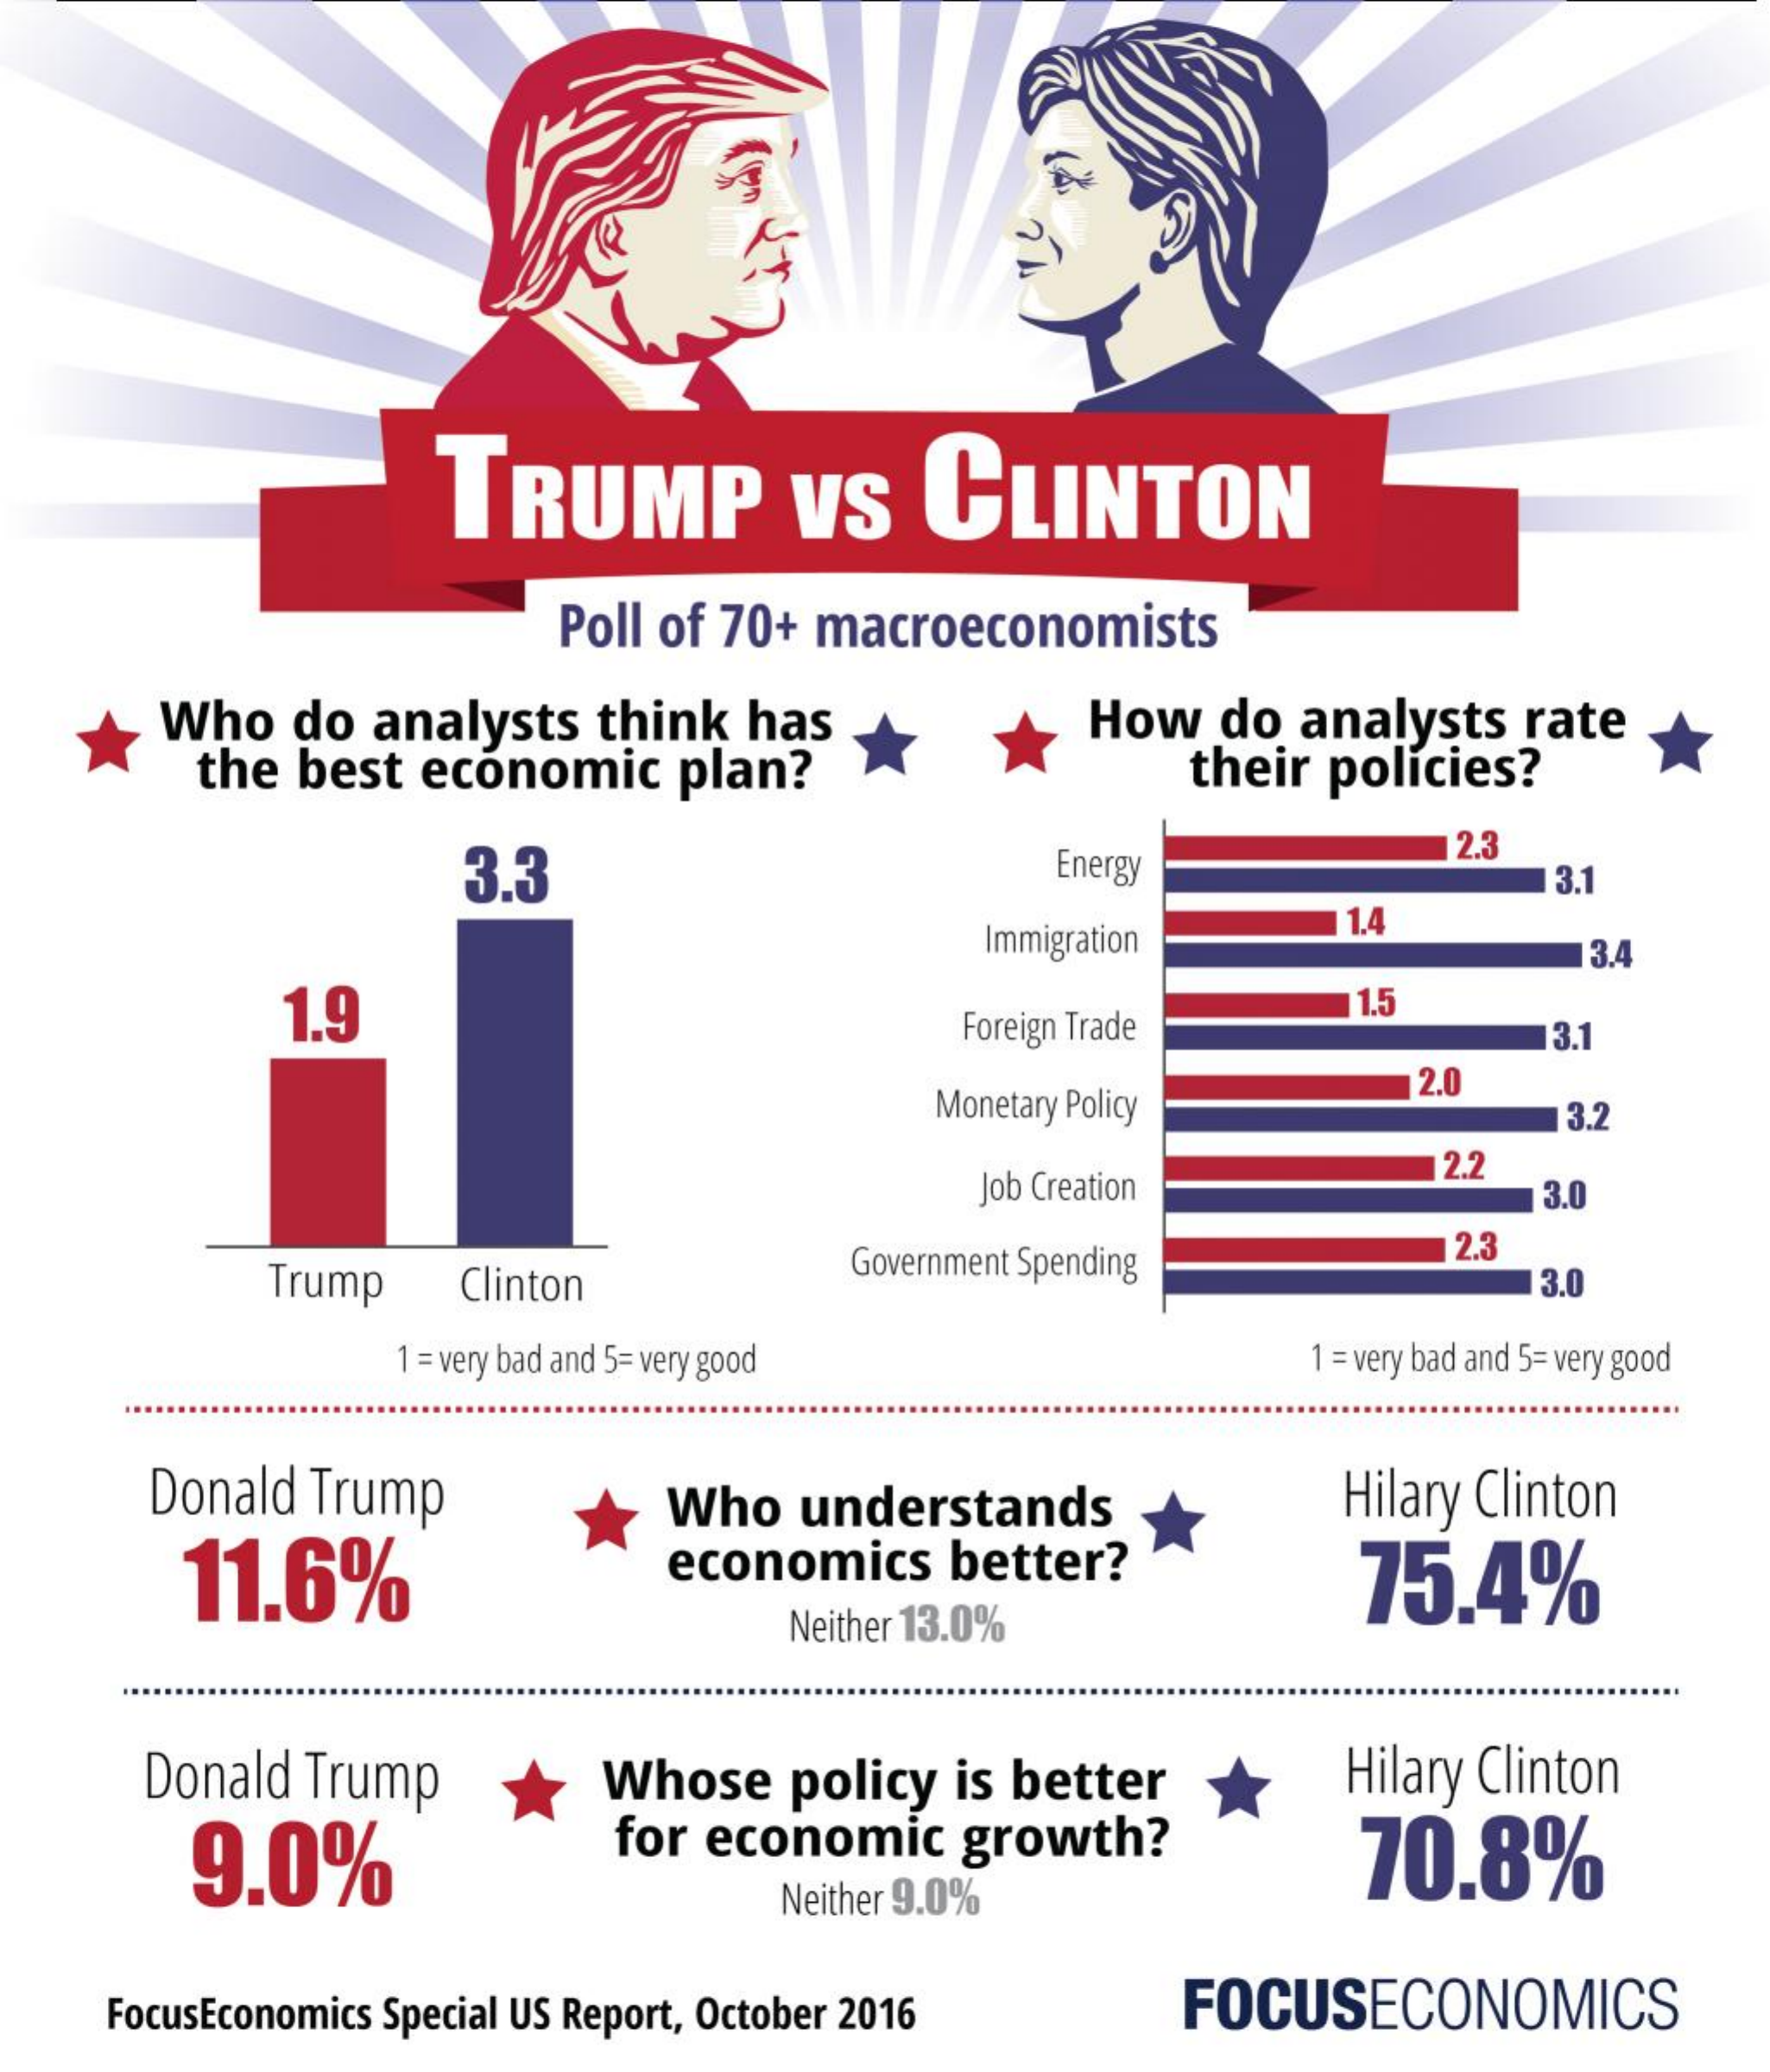
TRUMP    VS  CLINTON
     Poll of 70+ macroeconomists
     Who do analysts think has
     the best economic plan?
     How  do analysts rate
     their policies?
     3.3    Energy
     2.3
     3.1
     Immigration
     1.4
     3.4
     1.9    Foreign Trade
     1.5
     3.1
     Monetary Policy
     2.0
     3.2
     Job Creation
     2.2
     3.0
     Trump Clinton
     Government Spending
     2.3
     3.0
     1 = very bad and 5= very good   1 = very bad and 5= very good
     Donald Trump
     11.6%
     Who understands    Hilary Clinton
     economics better?    75.4%
     Neither 13.0%
     Donald Trump    Hilary Clinton
     9.0%
     Whose  policy is better
     for economic growth?    70,8%
     Neither 9.0%
    FocusEconomics Special US Report, October 2016 FOCUSECONOMICS